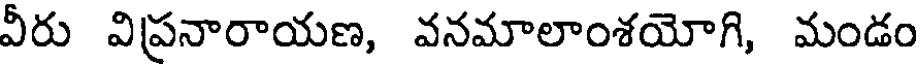
వీరు విప్రనారాయణ, వనమాలాంశయోగి, మండం